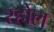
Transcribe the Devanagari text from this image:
रहोल